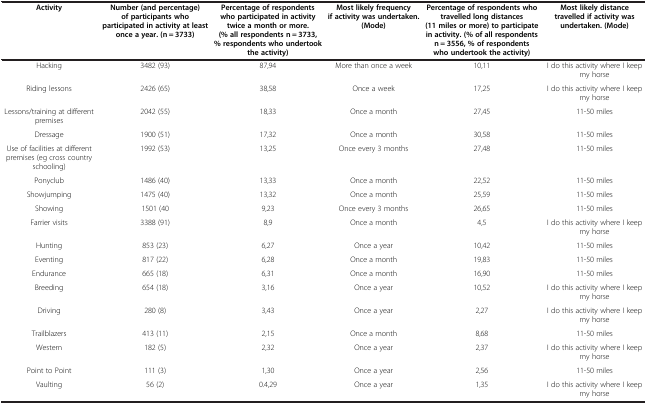
<table><thead><tr><td><b>Activity</b></td><td><b>Number (and percentage) of participants who participated in activity at least once a year. (n = 3733)</b></td><td><b>Percentage of respondents who participated in activity twice a month or more. (% all respondents n = 3733, % respondents who undertook the activity)</b></td><td><b>Most likely frequency if activity was undertaken. (Mode)</b></td><td><b>Percentage of respondents who travelled long distances (11 miles or more) to participate in activity. (% of all respondents n = 3556, % of respondents who undertook the activity)</b></td><td><b>Most likely distance travelled if activity was undertaken. (Mode)</b></td></tr></thead><tbody><tr><td>Hacking</td><td>3482 (93)</td><td>87,94</td><td>More than once a week</td><td>10,11</td><td>I do this activity where I keep my horse</td></tr><tr><td>Riding lessons</td><td>2426 (65)</td><td>38,58</td><td>Once a week</td><td>17,25</td><td>I do this activity where I keep my horse</td></tr><tr><td>Lessons/training at different premises</td><td>2042 (55)</td><td>18,33</td><td>Once a month</td><td>27,45</td><td>11-50 miles</td></tr><tr><td>Dressage</td><td>1900 (51)</td><td>17,32</td><td>Once a month</td><td>30,58</td><td>11-50 miles</td></tr><tr><td>Use of facilities at different premises (eg cross country schooling)</td><td>1992 (53)</td><td>13,25</td><td>Once every 3 months</td><td>27,48</td><td>11-50 miles</td></tr><tr><td>Ponyclub</td><td>1486 (40)</td><td>13,33</td><td>Once a month</td><td>22,52</td><td>11-50 miles</td></tr><tr><td>Showjumping</td><td>1475 (40)</td><td>13,32</td><td>Once a month</td><td>25,59</td><td>11-50 miles</td></tr><tr><td>Showing</td><td>1501 (40</td><td>9,23</td><td>Once every 3 months</td><td>26,65</td><td>11-50 miles</td></tr><tr><td>Farrier visits</td><td>3388 (91)</td><td>8,9</td><td>Once a month</td><td>4,5</td><td>I do this activity where I keep my horse</td></tr><tr><td>Hunting</td><td>853 (23)</td><td>6,27</td><td>Once a year</td><td>10,42</td><td>11-50 miles</td></tr><tr><td>Eventing</td><td>817 (22)</td><td>6,28</td><td>Once a month</td><td>19,83</td><td>11-50 miles</td></tr><tr><td>Endurance</td><td>665 (18)</td><td>6,31</td><td>Once a month</td><td>16,90</td><td>11-50 miles</td></tr><tr><td>Breeding</td><td>654 (18)</td><td>3,16</td><td>Once a year</td><td>10,52</td><td>I do this activity where I keep my horse</td></tr><tr><td>Driving</td><td>280 (8)</td><td>3,43</td><td>Once a year</td><td>2,27</td><td>I do this activity where I keep my horse</td></tr><tr><td>Trailblazers</td><td>413 (11)</td><td>2,15</td><td>Once a month</td><td>8,68</td><td>11-50 miles</td></tr><tr><td>Western</td><td>182 (5)</td><td>2,32</td><td>Once a year</td><td>2,37</td><td>I do this activity where I keep my horse</td></tr><tr><td>Point to Point</td><td>111 (3)</td><td>1,30</td><td>Once a year</td><td>2,56</td><td>11-50 miles</td></tr><tr><td>Vaulting</td><td>56 (2)</td><td>0.4,29</td><td>Once a year</td><td>1,35</td><td>I do this activity where I keep my horse</td></tr></tbody></table>